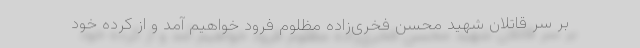
بر سر قاتلان شهید محسن فخری‌زاده مظلوم فرود خواهیم آمد و از کرده خود